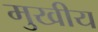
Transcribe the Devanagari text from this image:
मुखीय